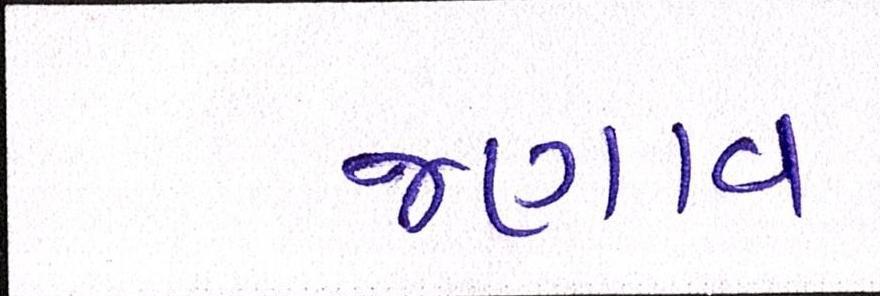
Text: જણાવ